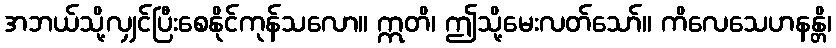
အဘယ်သို့လျှင်ပြီးစေနိုင်ကုန်သလော။ ဣတိ၊ ဤသို့မေးလတ်သော်။ ကိလေသေဟနန္တိ၊